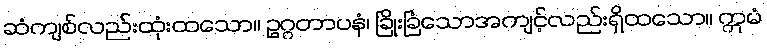
ဆံကျစ်လည်းထုံးထသော။ ဥဂ္ဂတာပနံ၊ ခြိုးခြံသောအကျင့်လည်းရှိထသော။ ဣမံ